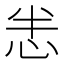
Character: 𢘤